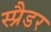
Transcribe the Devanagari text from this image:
स्प्रैडर